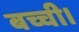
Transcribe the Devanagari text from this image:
बच्ची।